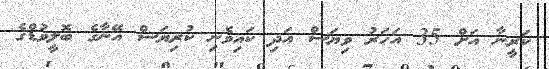
ކަރީނާ އަށް 35 އަހަރު ވިޔަސް އަދި ކައިވެނި ކުރިޔަސް އޭނާގެ ބޮލީވުޑްގެ